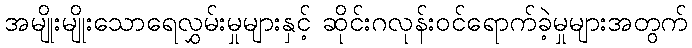
အမျိုးမျိုးသောရေလွှမ်းမှုများနှင့် ဆိုင်းဂလုန်းဝင်ရောက်ခဲ့မှုများအတွက်